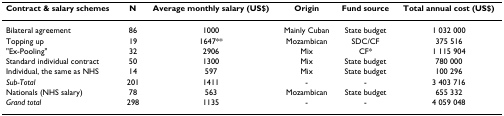
<table><thead><tr><td><b>Contract &amp; salary schemes</b></td><td><b>N</b></td><td><b>Average monthly salary (US$)</b></td><td><b>Origin</b></td><td><b>Fund source</b></td><td><b>Total annual cost (US$)</b></td></tr></thead><tbody><tr><td>Bilateral agreement</td><td>86</td><td>1000</td><td>Mainly Cuban</td><td>State budget</td><td>1 032 000</td></tr><tr><td>Topping up</td><td>19</td><td>1647**</td><td>Mozambican</td><td>SDC/CF</td><td>375 516</td></tr><tr><td>&quot;Ex-Pooling&quot;</td><td>32</td><td>2906</td><td>Mix</td><td>CF*</td><td>1 115 904</td></tr><tr><td>Standard individual contract</td><td>50</td><td>1300</td><td>Mix</td><td>State budget</td><td>780 000</td></tr><tr><td>Individual, the same as NHS</td><td>14</td><td>597</td><td>Mix</td><td>State budget</td><td>100 296</td></tr><tr><td><i>Sub-Total</i></td><td>201</td><td>1411</td><td>-</td><td>-</td><td>3 403 716</td></tr><tr><td>Nationals (NHS salary)</td><td>78</td><td>563</td><td>Mozambican</td><td>State budget</td><td>655 332</td></tr><tr><td><i>Grand total</i></td><td>298</td><td>1135</td><td>-</td><td>-</td><td>4 059 048</td></tr></tbody></table>